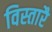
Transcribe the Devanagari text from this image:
विस्तारै